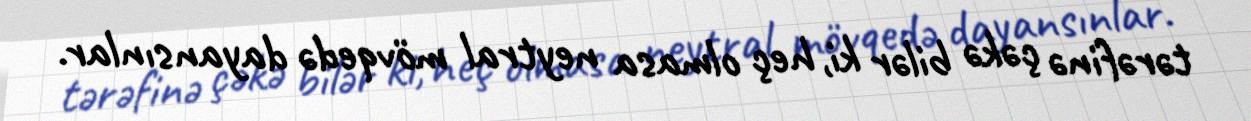
tərəfinə çəkə bilər ki, heç olmasa neytral mövqedə dayansınlar.